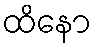
ထိနော